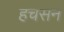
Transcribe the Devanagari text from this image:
हचसन